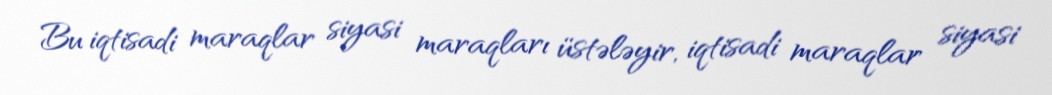
Bu iqtisadi maraqlar siyasi maraqları üstələyir, iqtisadi maraqlar siyasi